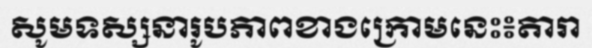
សូមទស្សនារូបភាពខាងក្រោមនេះ៖តារា